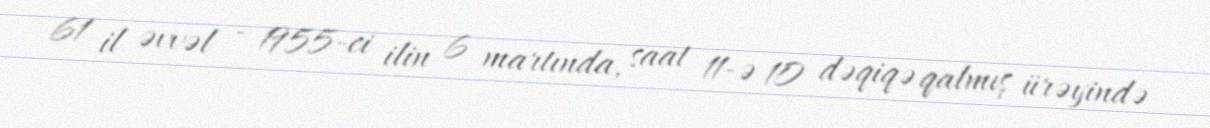
61 il əvvəl - 1955-ci ilin 6 martında, saat 11-ə 10 dəqiqə qalmış ürəyində